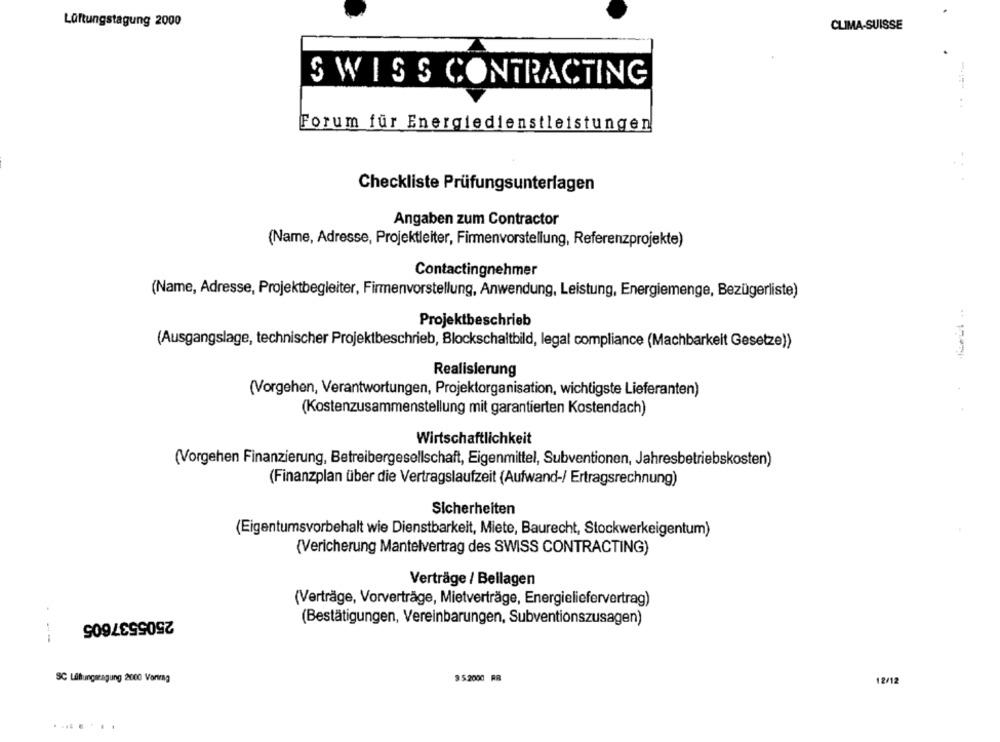
Lüftungstagung 2000
CLIMA-SUISSE
SWISS CONTRACTING
Forum für Energiedienstleistungen
Checkliste Prüfungsunterlagen
Angaben zum Contractor
(Name, Adresse, Projektleiter, Firmenvorstellung, Referenzprojekte)
Contactingnehmer
(Name, Adresse, Projektbegleiter, Firmenvorstellung, Anwendung, Leistung, Energiemenge, Bezügerliste)
Projektbeschrieb
(Ausgangslage, technischer Projektbeschrieb, Blockschaltbild, legal compliance (Machbarkeit Gesetze))
Realisierung
(Vorgehen, Verantwortungen, Projektorganisation, wichtigste Lieferanten)
(Kostenzusammenstellung mit garantierten Kostendach)
Wirtschaftlichkeit
(Vorgehen Finanzierung, Betreibergesellschaft, Eigenmittel, Subventionen, Jahresbetriebskosten)
(Finanzplan über die Vertragslaufzeit (Aufwand-/ Ertragsrechnung)
Sicherheiten
(Eigentumsvorbehalt wie Dienstbarkeit, Miete, Baurecht, Stockwerkeigentum)
(Vericherung Mantelvertrag des SWISS CONTRACTING)
Verträge / Bellagen
(Verträge, Vorverträge, Mietverträge, Energieliefervertrag)
2505537605
(Bestätigungen, Vereinbarungen, Subventionszusagen)
---
SC Lüftungeragung 2000 Vortrag
9.5.2000 FR
12/12
........